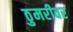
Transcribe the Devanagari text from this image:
ठुमरीवर